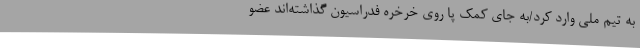
به تیم ملی وارد کرد/به جای کمک پا روی خرخره فدراسیون گذاشته‌اند عضو